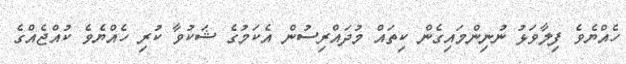
ހެއްޔެވެ ފިލާވަޅު ނުނިންމައިގެން ކިތައް މުދައްރިސުން އެކަމުގެ ޝަކުވާ ކުރި ހެއްޔެވެ ކުއްޖެއްގެ